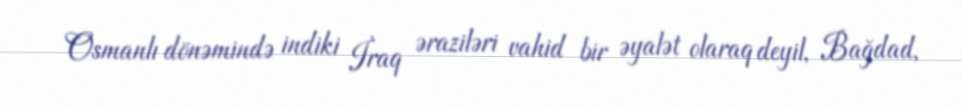
Osmanlı dönəmində indiki İraq əraziləri vahid bir əyalət olaraq deyil, Bağdad,